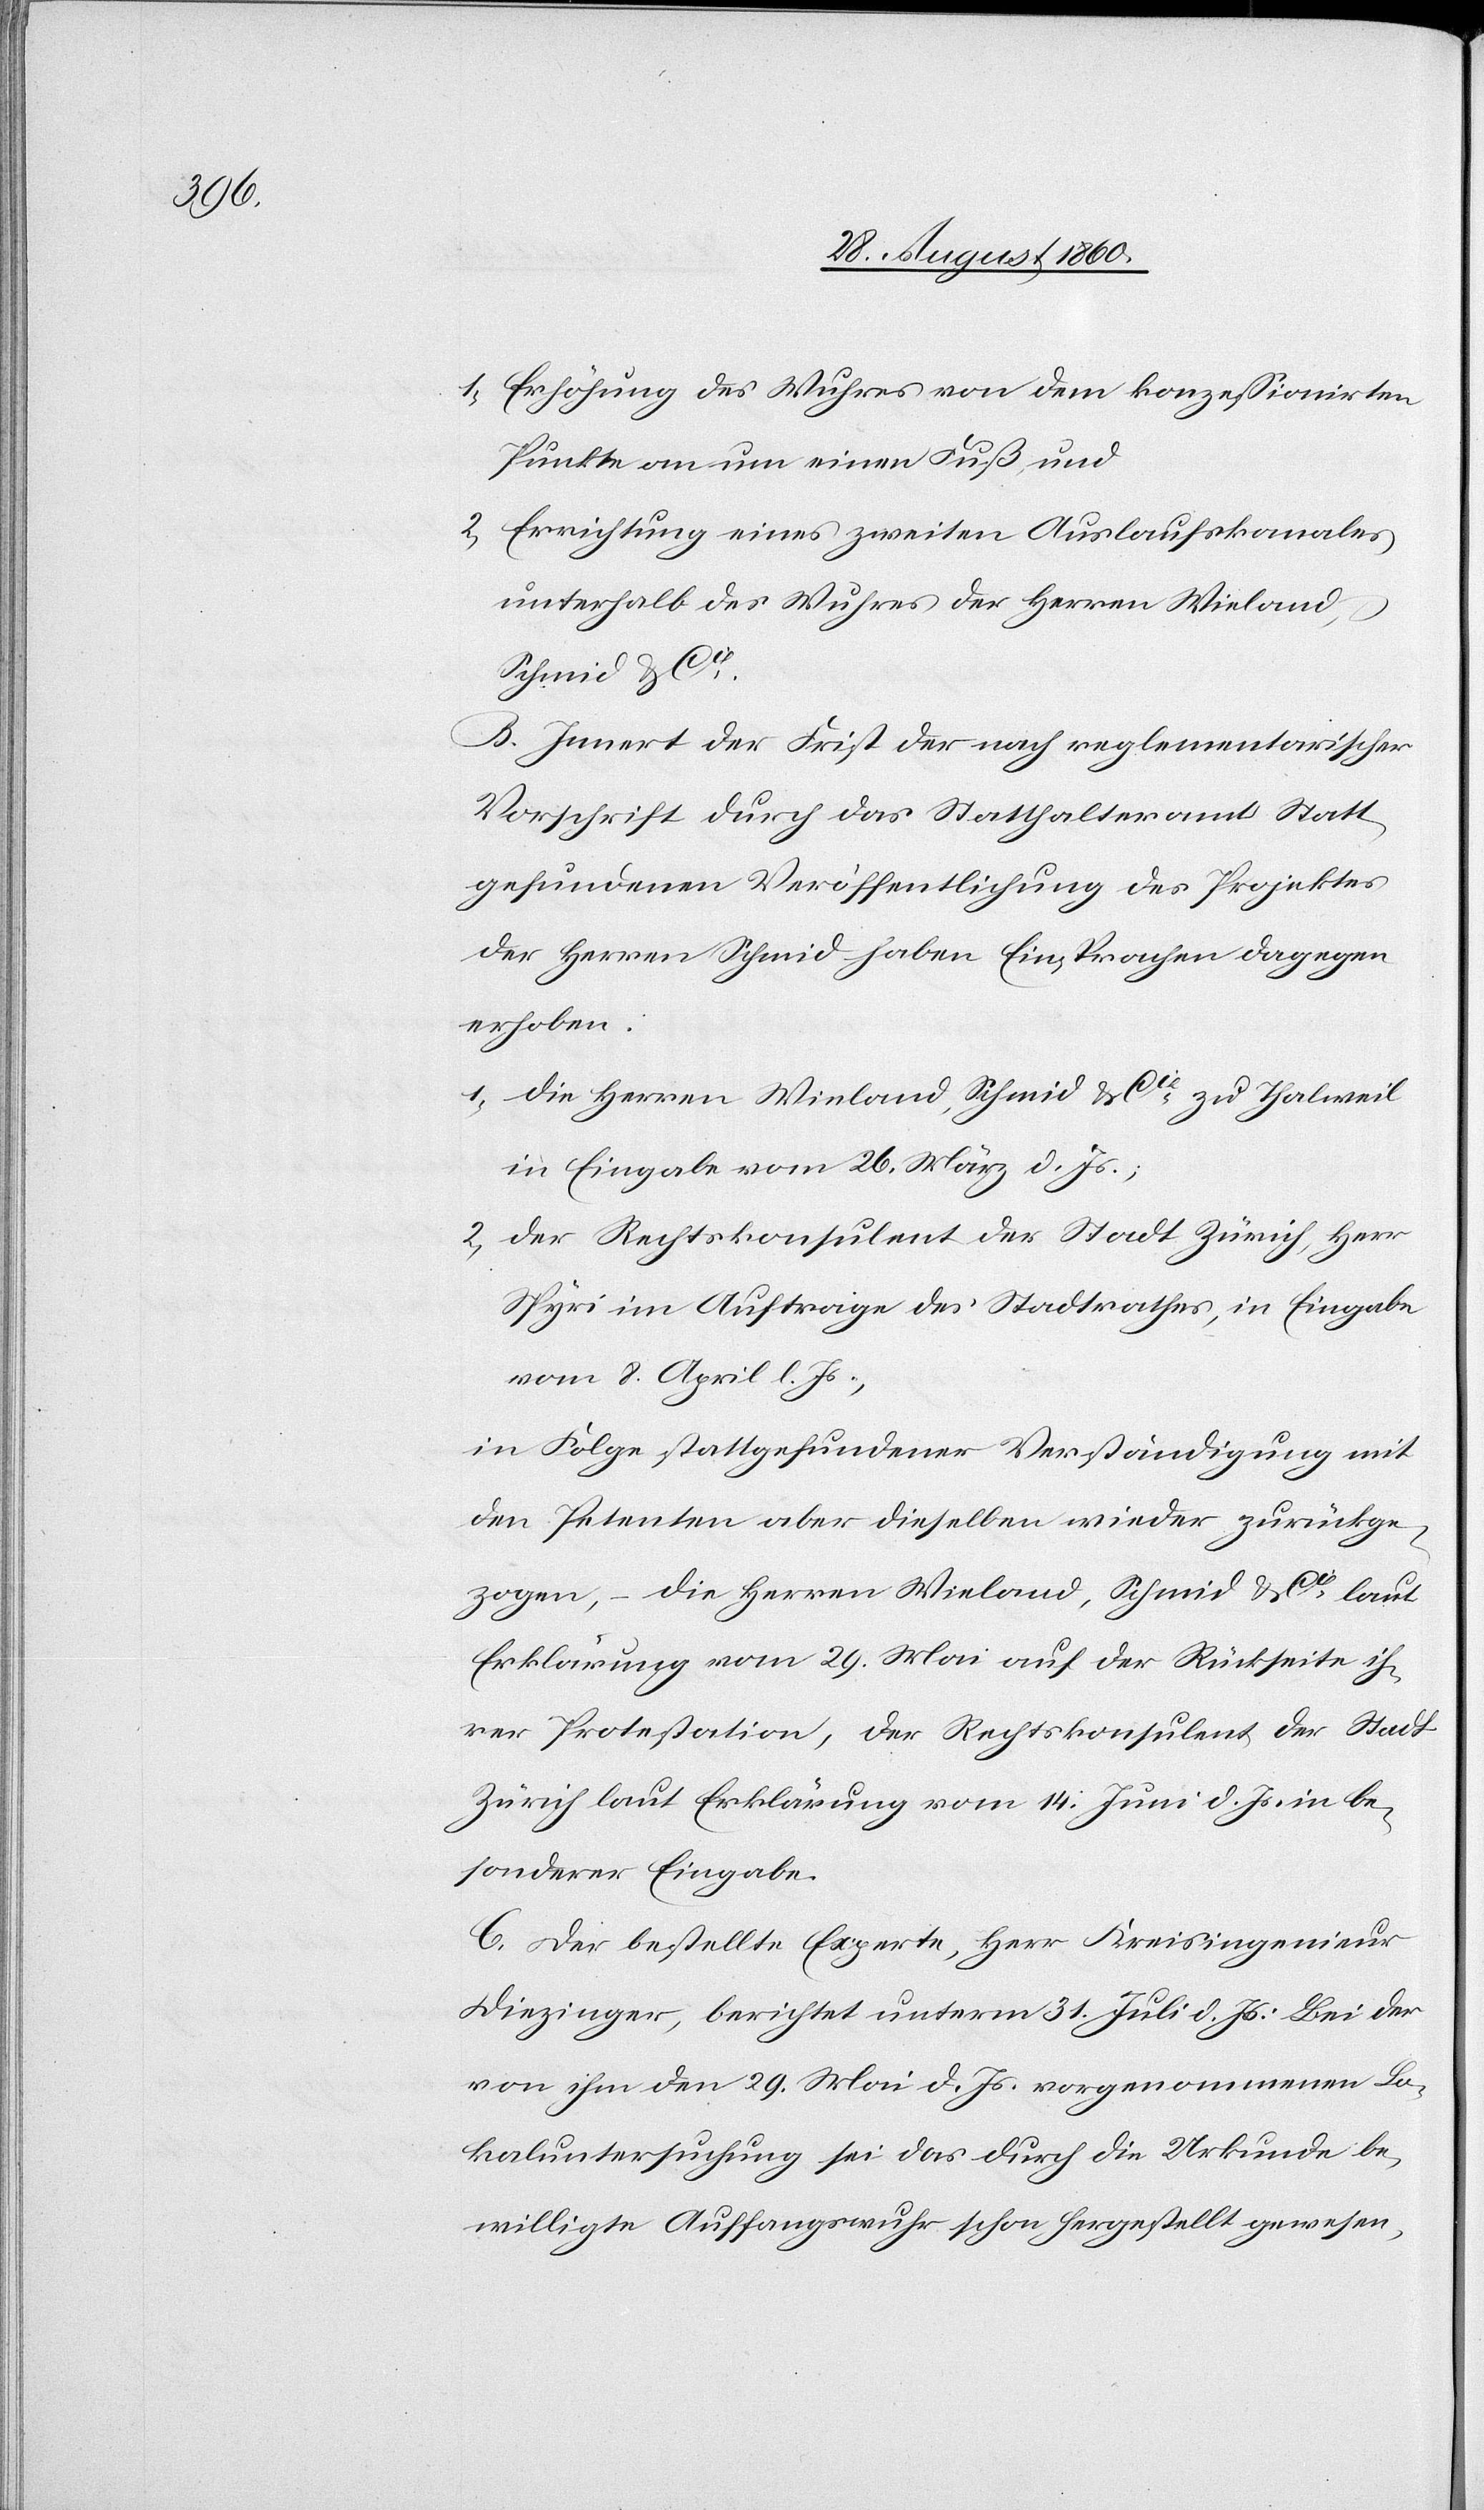
1) Erhöhung des Wuhres, von dem konzessionirten
Punkte an um einen Fuss, &
2) Errichtung eines zweiten Auslaufskanales
unterhalb des Wuhres der Hrn. Wieland,
Schmid u. Cie.
B. Innert der Frist der nach reglementarischer
Vorschrift durch das Statthalteramt Statt
gefundenen Veröffentlichung des Projektes
der Hrn. Schmid haben Einsprachen dagegen
erhoben:
1) Die Hrn. Wieland, Schmid u. Cie zu Thalweil
in Eingabe vom 26. März d. Js;
2) Der Rechtskonsulent der Stadt Zürich, Hr.
Spyro im Auftrage des Stadtrathes, in Eingabe
vom 8. April d. Js.
in Folge Statt gefundener Verständigung mit
den Petenten aber dieselben wieder zurückge¬
zogen, die Herrn Wieland, Schmid u. Cie, laut
Erklärung vom 29. Mai auf der Rückseite ih¬
rer Protestation, der Rechtskonsulent der Stadt
Zürich, laut Erklärung vom 14. Brachmonat d. Js. in be¬
sonderer Eingabe.
C. Der bestellte Experte, Hr. Kreisingenieur
Diezinger, berichtet unter 31. Juli d. Js; Bei der
von ihm den 29. Mai d. Js. vorgenommenen Lo¬
kaluntersuchung sei das durch die Urkunde be¬
willigte Auffangswuhr schon hergestellt gewesen,